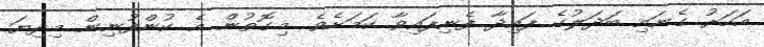
އަހަރު ގެނައި ބަދަލުގެ ފައިދާ ފެނިފައިވާ ކަމަށެވެ. މިގޮތުން އެ ކުންފުނިން މިދިޔަ